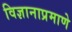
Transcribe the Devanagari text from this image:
विज्ञानाप्रमाणे